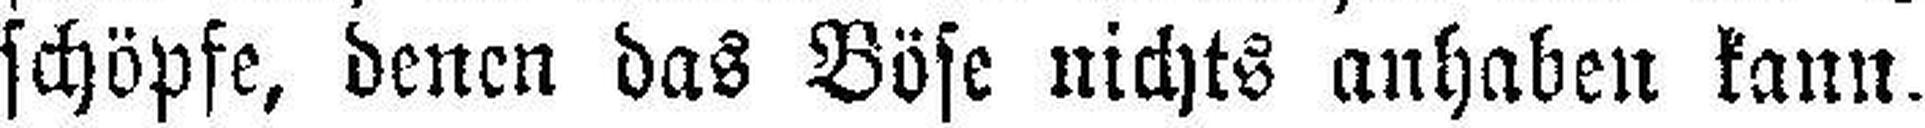
schöpfe, denen das Böse nichts anhaben kann.